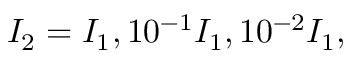
I _ { 2 } = I _ { 1 } , 1 0 ^ { - 1 } I _ { 1 } , 1 0 ^ { - 2 } I _ { 1 } ,